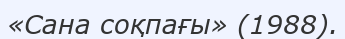
«Сана соқпағы» (1988).